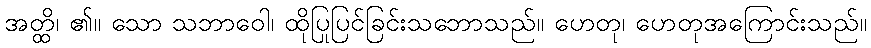
အတ္ထိ၊ ၏။ သော သဘာဝေါ၊ ထိုပြုပြင်ခြင်းသဘောသည်။ ဟေတု၊ ဟေတုအကြောင်းသည်။